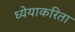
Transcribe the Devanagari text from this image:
ध्येयाकरिता